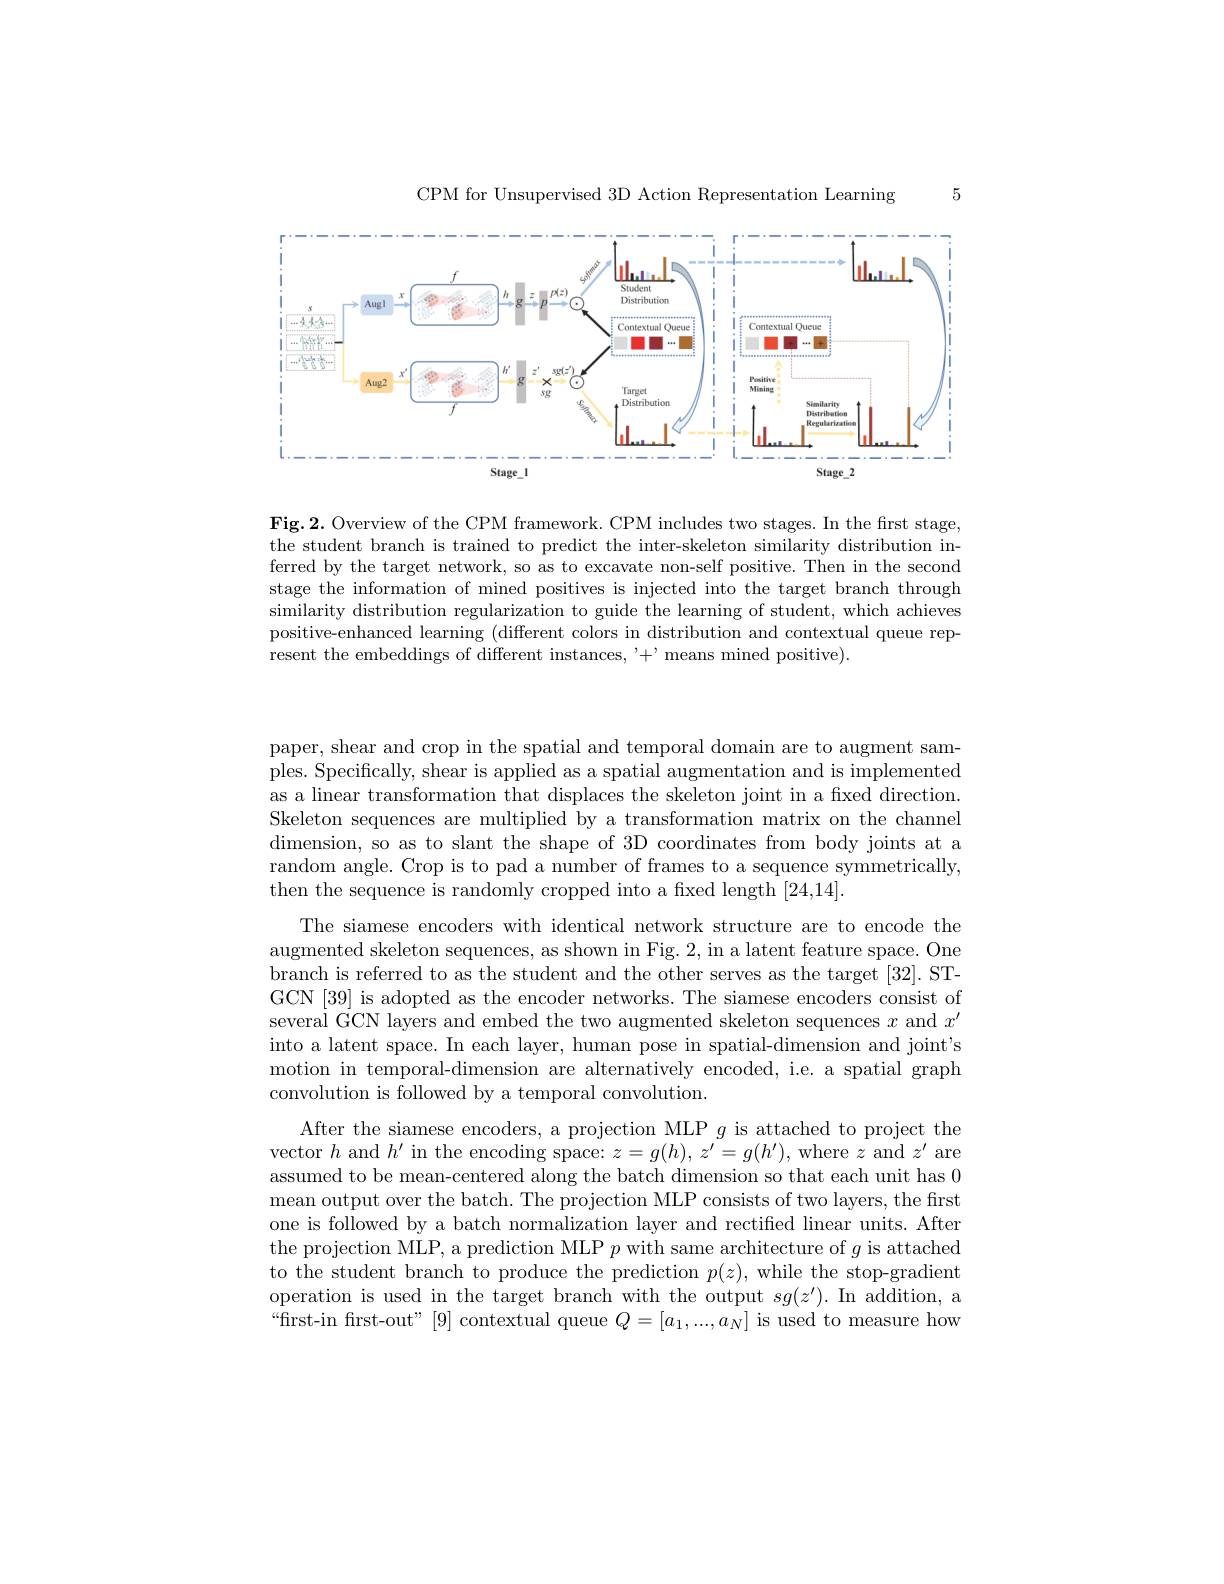
CPM for Unsupervised 3D Action Representation Learning

5

<FigureHere>

Fig.2. Overview of the CPM framework. CPM includes two stages. In the first stage, the student branch is trained to predict the inter-skeleton similarity distribution inferred by the target network, so as to excavate non-self positive. Then in the second stage the information of mined positives is injected into the target branch through similarity distribution regularization to guide the learning of student, which achieves positive-enhanced learning (different colors in distribution and contextual queue represent the embeddings of different instances, '+'means mined positive).

paper, shear and crop in the spatial and temporal domain are to augment samples. Specifically, shear is applied as a spatial augmentation and is implemented as a linear transformation that displaces the skeleton joint in a fixed direction Skeleton sequences are multiplied by a transformation matrix on the channel dimension, so as to slant the shape of 3D coordinates from body joints at a random angle. Crop is to pad a number of frames to a sequence symmetrically, then the sequence is randomly cropped into a fxed length [24,14].

The siamese encoders with identical network structure are to encode the augmented skeleton sequences, as shown in Fig. 2, in a latent feature space. One branch is referred to as the student and the other serves as the target [32]. STGCN[39] is adopted as the encoder networks. The siamese encoders consist of several GCN layers and embed the two augmented skeleton sequences $x$ and $x^\prime$ into a latent space. In each layer, human pose in spatial-dimension and joint's motion in temporal-dimension are alternatively encoded, i.e. a spatial graph convolution is followed by a temporal convolution.
After the siamese encoders, a projection MLP $g$ is attached to project the vector $h$ and $h^\prime$ in the encoding space: $z=g(h),z^\prime=g(h^{\prime})$, where $z$ and $z^\prime$ are

assumed to be mean-centered along the batch dimension so that each unit has 0 mean output over the batch. The projection MLP consists of two layers, the first one is followed by a batch normalization layer and rectified linear units. After the projection MLP, a prediction MLP $p$ with same architecture of $g$ is attached to the student branch to produce the prediction $p(z)$,while the stop-gradient operation is used in the target branch with the output $sg(z^\prime).$ In addition, a “first-in first-out" [9] contextual queue $Q=[a_1,...,a_N]$ is used to measure how